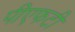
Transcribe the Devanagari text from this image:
पीएफटी